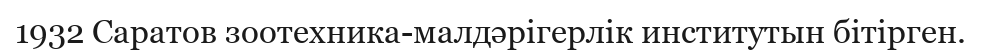
1932 Саратов зоотехника-малдәрігерлік институтын бітірген.